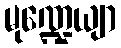
မုဏ္ဍေယျာ